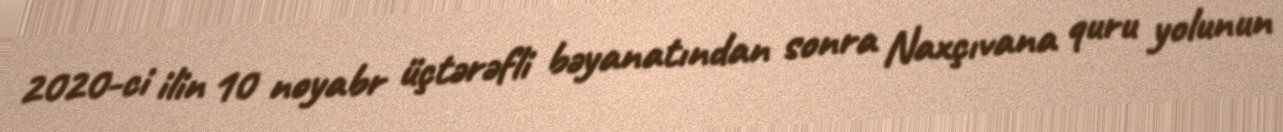
2020-ci ilin 10 noyabr üçtərəfli bəyanatından sonra Naxçıvana quru yolunun